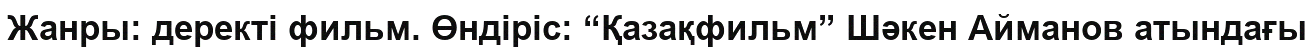
Жанры: деректі фильм. Өндіріс: “Қазақфильм” Шәкен Айманов атындағы